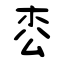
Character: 枩